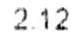
2.12